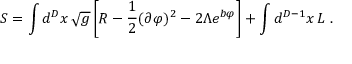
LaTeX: S = \int d ^ { D } x \, \sqrt { g } \left[ { \cal R } - \frac { 1 } { 2 } ( \partial \varphi ) ^ { 2 } - 2 \Lambda e ^ { b \varphi } \right] + \int d ^ { D - 1 } x \, { \cal L } \ .